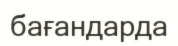
бағандарда